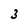
Character: 3